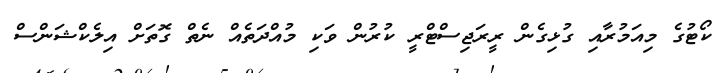
ކޯޓުގެ މިއަމުރާއި ގުޅިގެން ރީރަޖިސްޓްރީ ކުރުން ވަކި މުއްދަތެއް ނެތް ގޮތަށް އިލެކްޝަންސް